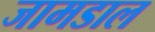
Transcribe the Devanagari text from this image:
जामडाल